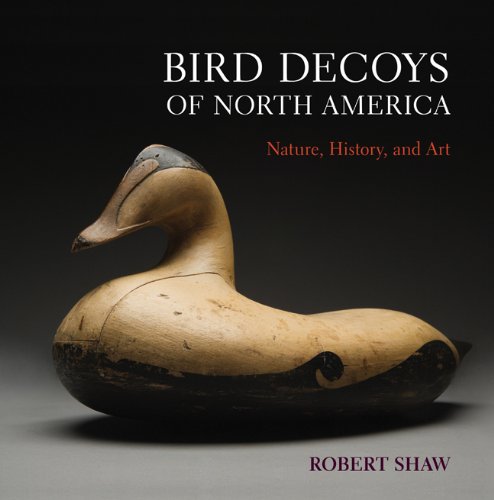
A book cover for Bird Decoys of North America: Nature, History, and Art; Robert Shaw; Crafts, Hobbies & Home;